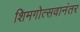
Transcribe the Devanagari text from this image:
शिमगोत्सवानंतर